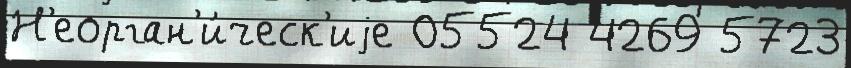
Н'еорган'и́ческ'иjе 05524 4269 5723